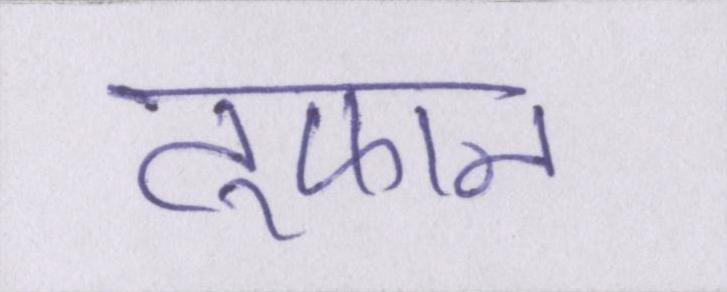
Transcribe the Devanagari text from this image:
तूफान